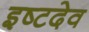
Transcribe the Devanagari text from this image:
इष्‍टदेव